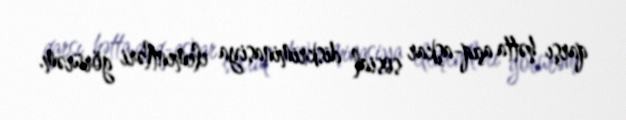
qarşı hətta açıq-aşkar sosial diskriminasiya elementləri görürəm.